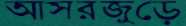
আসরজুড়ে